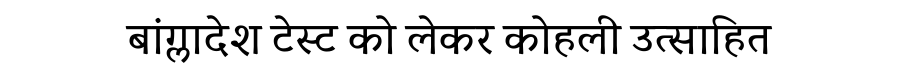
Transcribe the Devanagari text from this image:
बांग्लादेश टेस्ट को लेकर कोहली उत्साहित